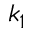
k _ { 1 }